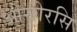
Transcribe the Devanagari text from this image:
ओसीरसि